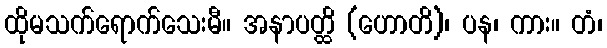
ထိုမသက်ရောက်သေးမီ။ အနာပတ္ထိ (ဟောတိ)၊ ပန၊ ကား။ တံ၊